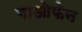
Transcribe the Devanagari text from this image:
गाओफेन